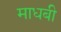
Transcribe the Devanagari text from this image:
माधबी